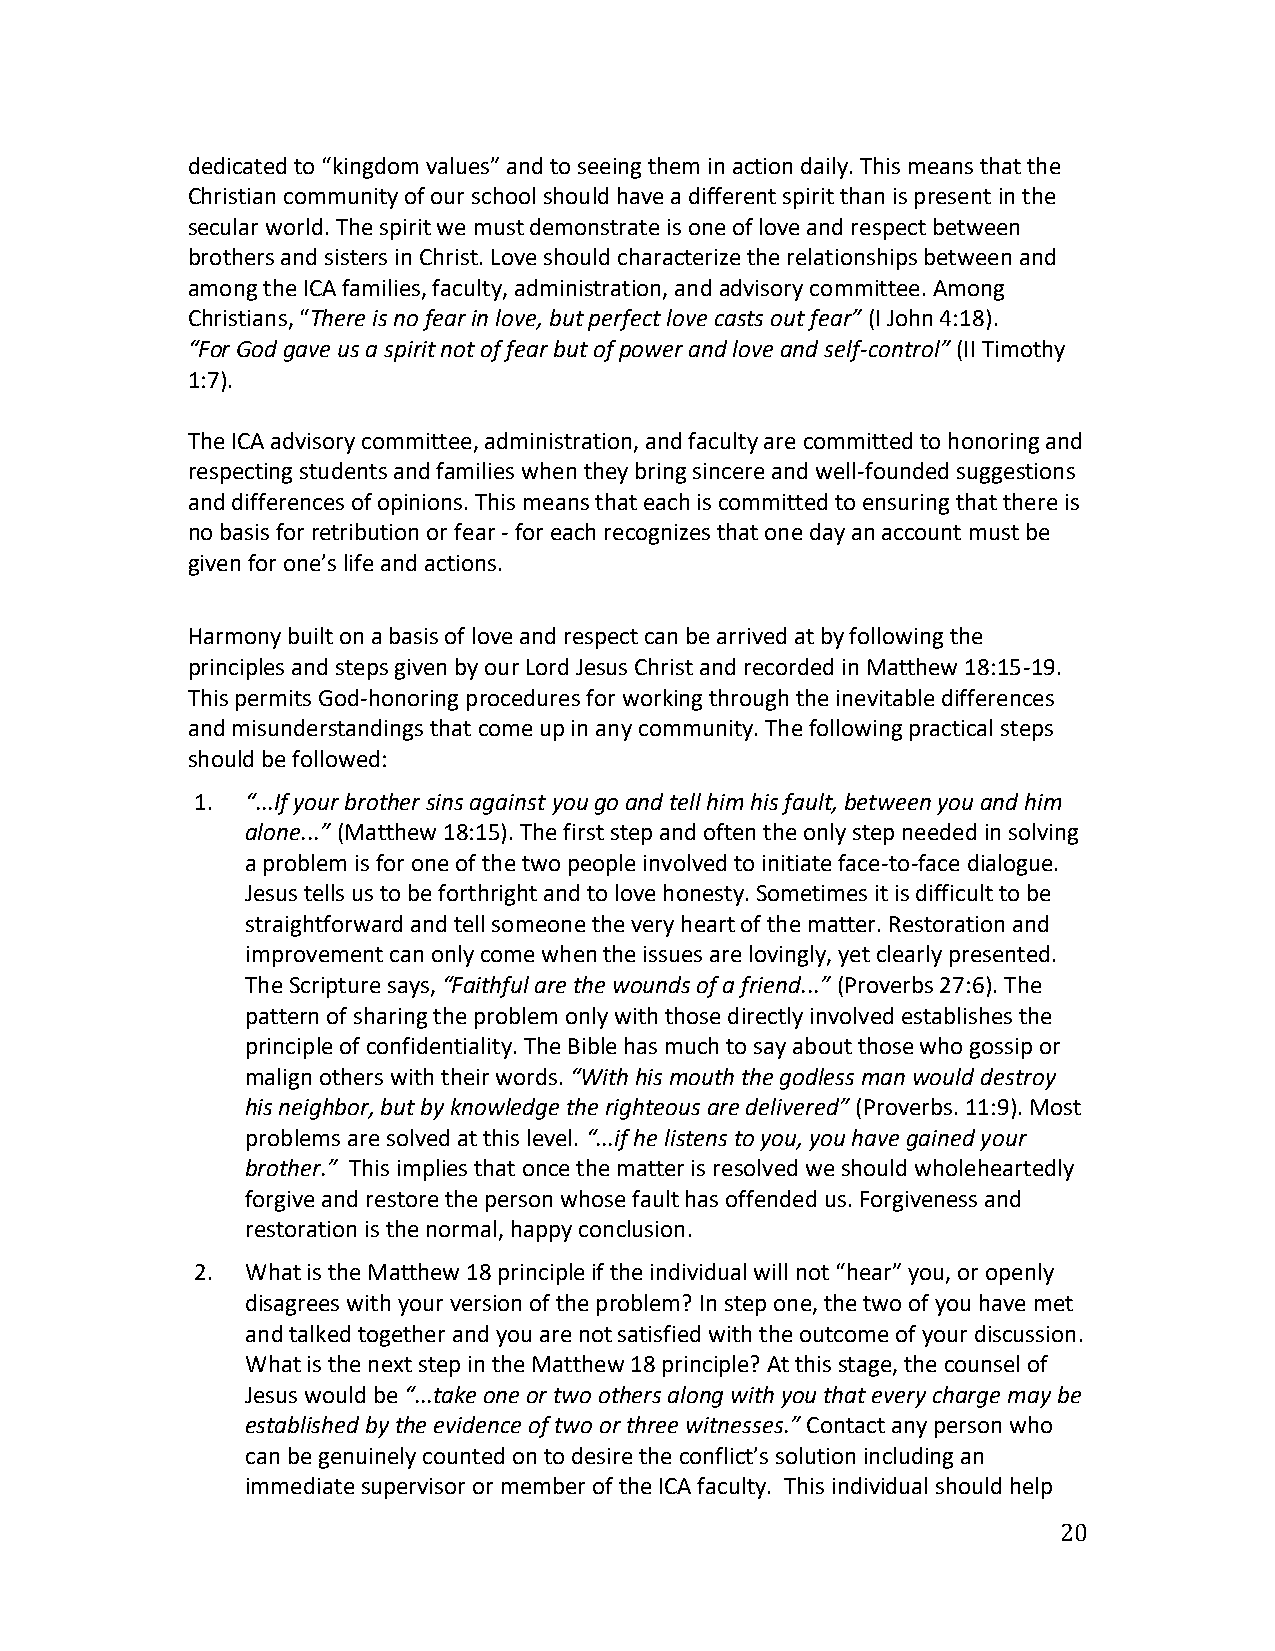
dedicated to “kingdom values” and to seeing them in action daily. This means that the
 Christian community of our school should have a different spirit than is present in the
 secular world. The spirit we must demonstrate is one of love and respect between
 brothers and sisters in Christ. Love should characterize the relationships between and
 among the ICA families, faculty, administration, and advisory committee. Among
 Christians, “There is no fear in love, but perfect love casts out fear” (I John 4:18).
 “For God gave us a spirit not of fear but of power and love and self-control” (II Timothy
 1:7).
 The ICA advisory committee, administration, and faculty are committed to honoring and
 respecting students and families when they bring sincere and well-founded suggestions
 and differences of opinions. This means that each is committed to ensuring that there is
 no basis for retribution or fear - for each recognizes that one day an account must be
 given for one’s life and actions.
 Harmony built on a basis of love and respect can be arrived at by following the
 principles and steps given by our Lord Jesus Christ and recorded in Matthew 18:15-19.
 This permits God-honoring procedures for working through the inevitable differences
 and misunderstandings that come up in any community. The following practical steps
 should be followed:
 1. “...If your brother sins against you go and tell him his fault, between you and him
 alone...” (Matthew 18:15). The first step and often the only step needed in solving
 a problem is for one of the two people involved to initiate face-to-face dialogue.
 Jesus tells us to be forthright and to love honesty. Sometimes it is difficult to be
 straightforward and tell someone the very heart of the matter. Restoration and
 improvement can only come when the issues are lovingly, yet clearly presented.
 The Scripture says, “Faithful are the wounds of a friend...” (Proverbs 27:6). The
 pattern of sharing the problem only with those directly involved establishes the
 principle of confidentiality. The Bible has much to say about those who gossip or
 malign others with their words. “With his mouth the godless man would destroy
 his neighbor, but by knowledge the righteous are delivered” (Proverbs. 11:9). Most
 problems are solved at this level. “...if he listens to you, you have gained your
 brother.” This implies that once the matter is resolved we should wholeheartedly
 forgive and restore the person whose fault has offended us. Forgiveness and
 restoration is the normal, happy conclusion.
 2. What is the Matthew 18 principle if the individual will not “hear” you, or openly
 disagrees with your version of the problem? In step one, the two of you have met
 and talked together and you are not satisfied with the outcome of your discussion.
 What is the next step in the Matthew 18 principle? At this stage, the counsel of
 Jesus would be “...take one or two others along with you that every charge may be
 established by the evidence of two or three witnesses.” Contact any person who
 can be genuinely counted on to desire the conflict’s solution including an
 immediate supervisor or member of the ICA faculty. This individual should help
 20